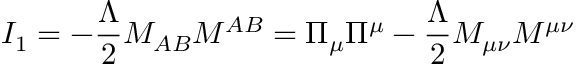
I _ { 1 } = - \frac { \Lambda } { 2 } M _ { A B } M ^ { A B } = \Pi _ { \mu } \Pi ^ { \mu } - \frac { \Lambda } { 2 } M _ { \mu \nu } M ^ { \mu \nu }